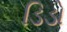
ડિડો